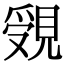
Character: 𧡓